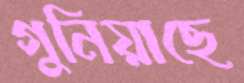
গুনিয়াছে